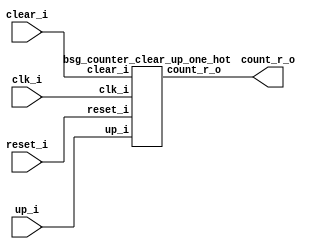


module top
(
  clk_i,
  reset_i,
  clear_i,
  up_i,
  count_r_o
);

  output [128:0] count_r_o;
  input clk_i;
  input reset_i;
  input clear_i;
  input up_i;

  bsg_counter_clear_up_one_hot
  wrapper
  (
    .count_r_o(count_r_o),
    .clk_i(clk_i),
    .reset_i(reset_i),
    .clear_i(clear_i),
    .up_i(up_i)
  );


endmodule



module bsg_counter_clear_up_one_hot
(
  clk_i,
  reset_i,
  clear_i,
  up_i,
  count_r_o
);

  output [128:0] count_r_o;
  input clk_i;
  input reset_i;
  input clear_i;
  input up_i;
  wire N0,N1,N2,N3,N4,N5,N6,N7,N8,N9,N10,N11,N12,N13,N14,N15,N16,N17,N18,N19,N20,N21,
  N22,N23,N24,N25,N26,N27,N28,N29,N30,N31,N32,N33,N34,N35,N36,N37,N38,N39,N40,N41,
  N42,N43,N44,N45,N46,N47,N48,N49,N50,N51,N52,N53,N54,N55,N56,N57,N58,N59,N60,N61,
  N62,N63,N64,N65,N66,N67,N68,N69,N70,N71,N72,N73,N74,N75,N76,N77,N78,N79,N80,N81,
  N82,N83,N84,N85,N86,N87,N88,N89,N90,N91,N92,N93,N94,N95,N96,N97,N98,N99,N100,N101,
  N102,N103,N104,N105,N106,N107,N108,N109,N110,N111,N112,N113,N114,N115,N116,N117,
  N118,N119,N120,N121,N122,N123,N124,N125,N126,N127,N128,N129,N130,N131,N132,N133,
  N134,N135,N136,N137,N138,N139,N140,N141,N142,N143,N144,N145,N146,N147,N148,N149,
  N150,N151,N152,N153,N154,N155,N156,N157,N158,N159,N160,N161,N162,N163,N164,N165,
  N166,N167,N168,N169,N170,N171,N172,N173,N174,N175,N176,N177,N178,N179,N180,N181,
  N182,N183,N184,N185,N186,N187,N188,N189,N190,N191,N192,N193,N194,N195,N196,N197,
  N198,N199,N200,N201,N202,N203,N204,N205,N206,N207,N208,N209,N210,N211,N212,N213,
  N214,N215,N216,N217,N218,N219,N220,N221,N222,N223,N224,N225,N226,N227,N228,N229,
  N230,N231,N232,N233,N234,N235,N236,N237,N238,N239,N240,N241,N242,N243,N244,N245,
  N246,N247,N248,N249,N250,N251,N252,N253,N254,N255,N256,N257,N258,N259,N260,N261,
  N262,N263,N264,N265,N266,N267,N268;
  wire [128:0] bits_n;
  reg [128:0] count_r_o;
  assign { N135, N134, N133, N132, N131, N130, N129, N128, N127, N126, N125, N124, N123, N122, N121, N120, N119, N118, N117, N116, N115, N114, N113, N112, N111, N110, N109, N108, N107, N106, N105, N104, N103, N102, N101, N100, N99, N98, N97, N96, N95, N94, N93, N92, N91, N90, N89, N88, N87, N86, N85, N84, N83, N82, N81, N80, N79, N78, N77, N76, N75, N74, N73, N72, N71, N70, N69, N68, N67, N66, N65, N64, N63, N62, N61, N60, N59, N58, N57, N56, N55, N54, N53, N52, N51, N50, N49, N48, N47, N46, N45, N44, N43, N42, N41, N40, N39, N38, N37, N36, N35, N34, N33, N32, N31, N30, N29, N28, N27, N26, N25, N24, N23, N22, N21, N20, N19, N18, N17, N16, N15, N14, N13, N12, N11, N10, N9, N8, N7 } = (N0)? { 1'b0, 1'b0, 1'b0, 1'b0, 1'b0, 1'b0, 1'b0, 1'b0, 1'b0, 1'b0, 1'b0, 1'b0, 1'b0, 1'b0, 1'b0, 1'b0, 1'b0, 1'b0, 1'b0, 1'b0, 1'b0, 1'b0, 1'b0, 1'b0, 1'b0, 1'b0, 1'b0, 1'b0, 1'b0, 1'b0, 1'b0, 1'b0, 1'b0, 1'b0, 1'b0, 1'b0, 1'b0, 1'b0, 1'b0, 1'b0, 1'b0, 1'b0, 1'b0, 1'b0, 1'b0, 1'b0, 1'b0, 1'b0, 1'b0, 1'b0, 1'b0, 1'b0, 1'b0, 1'b0, 1'b0, 1'b0, 1'b0, 1'b0, 1'b0, 1'b0, 1'b0, 1'b0, 1'b0, 1'b0, 1'b0, 1'b0, 1'b0, 1'b0, 1'b0, 1'b0, 1'b0, 1'b0, 1'b0, 1'b0, 1'b0, 1'b0, 1'b0, 1'b0, 1'b0, 1'b0, 1'b0, 1'b0, 1'b0, 1'b0, 1'b0, 1'b0, 1'b0, 1'b0, 1'b0, 1'b0, 1'b0, 1'b0, 1'b0, 1'b0, 1'b0, 1'b0, 1'b0, 1'b0, 1'b0, 1'b0, 1'b0, 1'b0, 1'b0, 1'b0, 1'b0, 1'b0, 1'b0, 1'b0, 1'b0, 1'b0, 1'b0, 1'b0, 1'b0, 1'b0, 1'b0, 1'b0, 1'b0, 1'b0, 1'b0, 1'b0, 1'b0, 1'b0, 1'b0, 1'b0, 1'b0, 1'b0, 1'b0, 1'b0, 1'b1 } : 
                                                                                                                                                                                                                                                                                                                                                                                                                                                                                                                                                                                                                                                                                                                    (N1)? count_r_o : 1'b0;
  assign N0 = clear_i;
  assign N1 = N6;
  assign { N265, N264, N263, N262, N261, N260, N259, N258, N257, N256, N255, N254, N253, N252, N251, N250, N249, N248, N247, N246, N245, N244, N243, N242, N241, N240, N239, N238, N237, N236, N235, N234, N233, N232, N231, N230, N229, N228, N227, N226, N225, N224, N223, N222, N221, N220, N219, N218, N217, N216, N215, N214, N213, N212, N211, N210, N209, N208, N207, N206, N205, N204, N203, N202, N201, N200, N199, N198, N197, N196, N195, N194, N193, N192, N191, N190, N189, N188, N187, N186, N185, N184, N183, N182, N181, N180, N179, N178, N177, N176, N175, N174, N173, N172, N171, N170, N169, N168, N167, N166, N165, N164, N163, N162, N161, N160, N159, N158, N157, N156, N155, N154, N153, N152, N151, N150, N149, N148, N147, N146, N145, N144, N143, N142, N141, N140, N139, N138, N137 } = (N2)? { N134, N133, N132, N131, N130, N129, N128, N127, N126, N125, N124, N123, N122, N121, N120, N119, N118, N117, N116, N115, N114, N113, N112, N111, N110, N109, N108, N107, N106, N105, N104, N103, N102, N101, N100, N99, N98, N97, N96, N95, N94, N93, N92, N91, N90, N89, N88, N87, N86, N85, N84, N83, N82, N81, N80, N79, N78, N77, N76, N75, N74, N73, N72, N71, N70, N69, N68, N67, N66, N65, N64, N63, N62, N61, N60, N59, N58, N57, N56, N55, N54, N53, N52, N51, N50, N49, N48, N47, N46, N45, N44, N43, N42, N41, N40, N39, N38, N37, N36, N35, N34, N33, N32, N31, N30, N29, N28, N27, N26, N25, N24, N23, N22, N21, N20, N19, N18, N17, N16, N15, N14, N13, N12, N11, N10, N9, N8, N7, N135 } : 
                                                                                                                                                                                                                                                                                                                                                                                                                                                                                                                                                                                                                                                                                                                                                                                                                    (N3)? { N135, N134, N133, N132, N131, N130, N129, N128, N127, N126, N125, N124, N123, N122, N121, N120, N119, N118, N117, N116, N115, N114, N113, N112, N111, N110, N109, N108, N107, N106, N105, N104, N103, N102, N101, N100, N99, N98, N97, N96, N95, N94, N93, N92, N91, N90, N89, N88, N87, N86, N85, N84, N83, N82, N81, N80, N79, N78, N77, N76, N75, N74, N73, N72, N71, N70, N69, N68, N67, N66, N65, N64, N63, N62, N61, N60, N59, N58, N57, N56, N55, N54, N53, N52, N51, N50, N49, N48, N47, N46, N45, N44, N43, N42, N41, N40, N39, N38, N37, N36, N35, N34, N33, N32, N31, N30, N29, N28, N27, N26, N25, N24, N23, N22, N21, N20, N19, N18, N17, N16, N15, N14, N13, N12, N11, N10, N9, N8, N7 } : 1'b0;
  assign N2 = up_i;
  assign N3 = N136;
  assign bits_n = (N4)? { 1'b0, 1'b0, 1'b0, 1'b0, 1'b0, 1'b0, 1'b0, 1'b0, 1'b0, 1'b0, 1'b0, 1'b0, 1'b0, 1'b0, 1'b0, 1'b0, 1'b0, 1'b0, 1'b0, 1'b0, 1'b0, 1'b0, 1'b0, 1'b0, 1'b0, 1'b0, 1'b0, 1'b0, 1'b0, 1'b0, 1'b0, 1'b0, 1'b0, 1'b0, 1'b0, 1'b0, 1'b0, 1'b0, 1'b0, 1'b0, 1'b0, 1'b0, 1'b0, 1'b0, 1'b0, 1'b0, 1'b0, 1'b0, 1'b0, 1'b0, 1'b0, 1'b0, 1'b0, 1'b0, 1'b0, 1'b0, 1'b0, 1'b0, 1'b0, 1'b0, 1'b0, 1'b0, 1'b0, 1'b0, 1'b0, 1'b0, 1'b0, 1'b0, 1'b0, 1'b0, 1'b0, 1'b0, 1'b0, 1'b0, 1'b0, 1'b0, 1'b0, 1'b0, 1'b0, 1'b0, 1'b0, 1'b0, 1'b0, 1'b0, 1'b0, 1'b0, 1'b0, 1'b0, 1'b0, 1'b0, 1'b0, 1'b0, 1'b0, 1'b0, 1'b0, 1'b0, 1'b0, 1'b0, 1'b0, 1'b0, 1'b0, 1'b0, 1'b0, 1'b0, 1'b0, 1'b0, 1'b0, 1'b0, 1'b0, 1'b0, 1'b0, 1'b0, 1'b0, 1'b0, 1'b0, 1'b0, 1'b0, 1'b0, 1'b0, 1'b0, 1'b0, 1'b0, 1'b0, 1'b0, 1'b0, 1'b0, 1'b0, 1'b0, 1'b1 } : 
                  (N5)? { N265, N264, N263, N262, N261, N260, N259, N258, N257, N256, N255, N254, N253, N252, N251, N250, N249, N248, N247, N246, N245, N244, N243, N242, N241, N240, N239, N238, N237, N236, N235, N234, N233, N232, N231, N230, N229, N228, N227, N226, N225, N224, N223, N222, N221, N220, N219, N218, N217, N216, N215, N214, N213, N212, N211, N210, N209, N208, N207, N206, N205, N204, N203, N202, N201, N200, N199, N198, N197, N196, N195, N194, N193, N192, N191, N190, N189, N188, N187, N186, N185, N184, N183, N182, N181, N180, N179, N178, N177, N176, N175, N174, N173, N172, N171, N170, N169, N168, N167, N166, N165, N164, N163, N162, N161, N160, N159, N158, N157, N156, N155, N154, N153, N152, N151, N150, N149, N148, N147, N146, N145, N144, N143, N142, N141, N140, N139, N138, N137 } : 1'b0;
  assign N4 = reset_i;
  assign N5 = N266;
  assign N6 = ~clear_i;
  assign N136 = ~up_i;
  assign N266 = ~reset_i;
  assign N267 = N268 | clear_i;
  assign N268 = reset_i | up_i;

  always @(posedge clk_i) begin
    if(N267) begin
      { count_r_o[128:0] } <= { bits_n[128:0] };
    end 
  end


endmodule